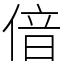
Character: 偣